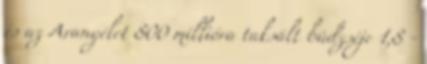
és az Aranyélet 800 millióra taksált büdzséje 1,8 -